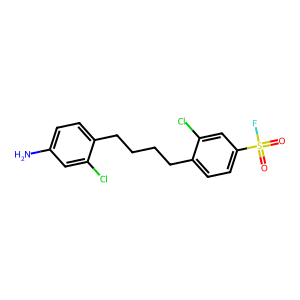
SMILES: Nc1ccc(CCCCc2ccc(S(=O)(=O)F)cc2Cl)c(Cl)c1
Inhibits HIV replication: No